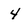
Character: 4